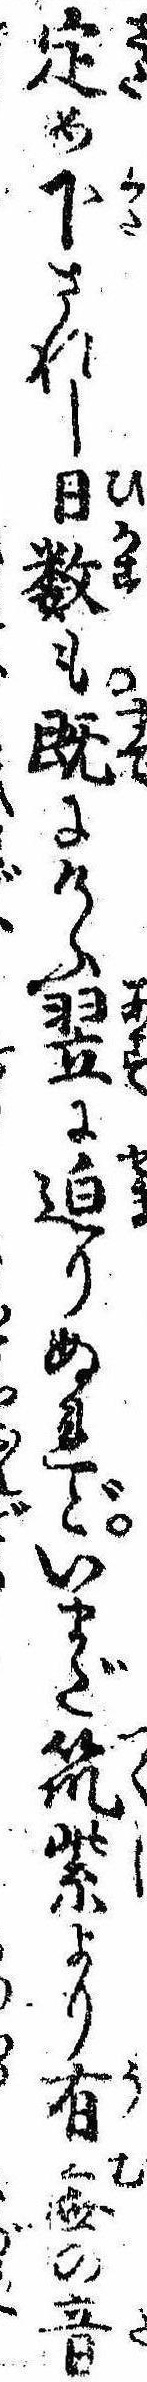
定め下されし日数も既にけふ翌に迫りぬれどいまだ筑紫より有無の音